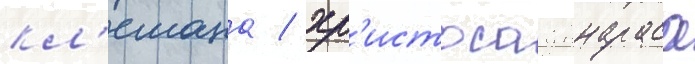
кл'емана / хр'истоса яннараса